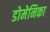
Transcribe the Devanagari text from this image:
डोमेनिका